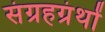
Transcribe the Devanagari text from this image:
संग्रहग्रंथों